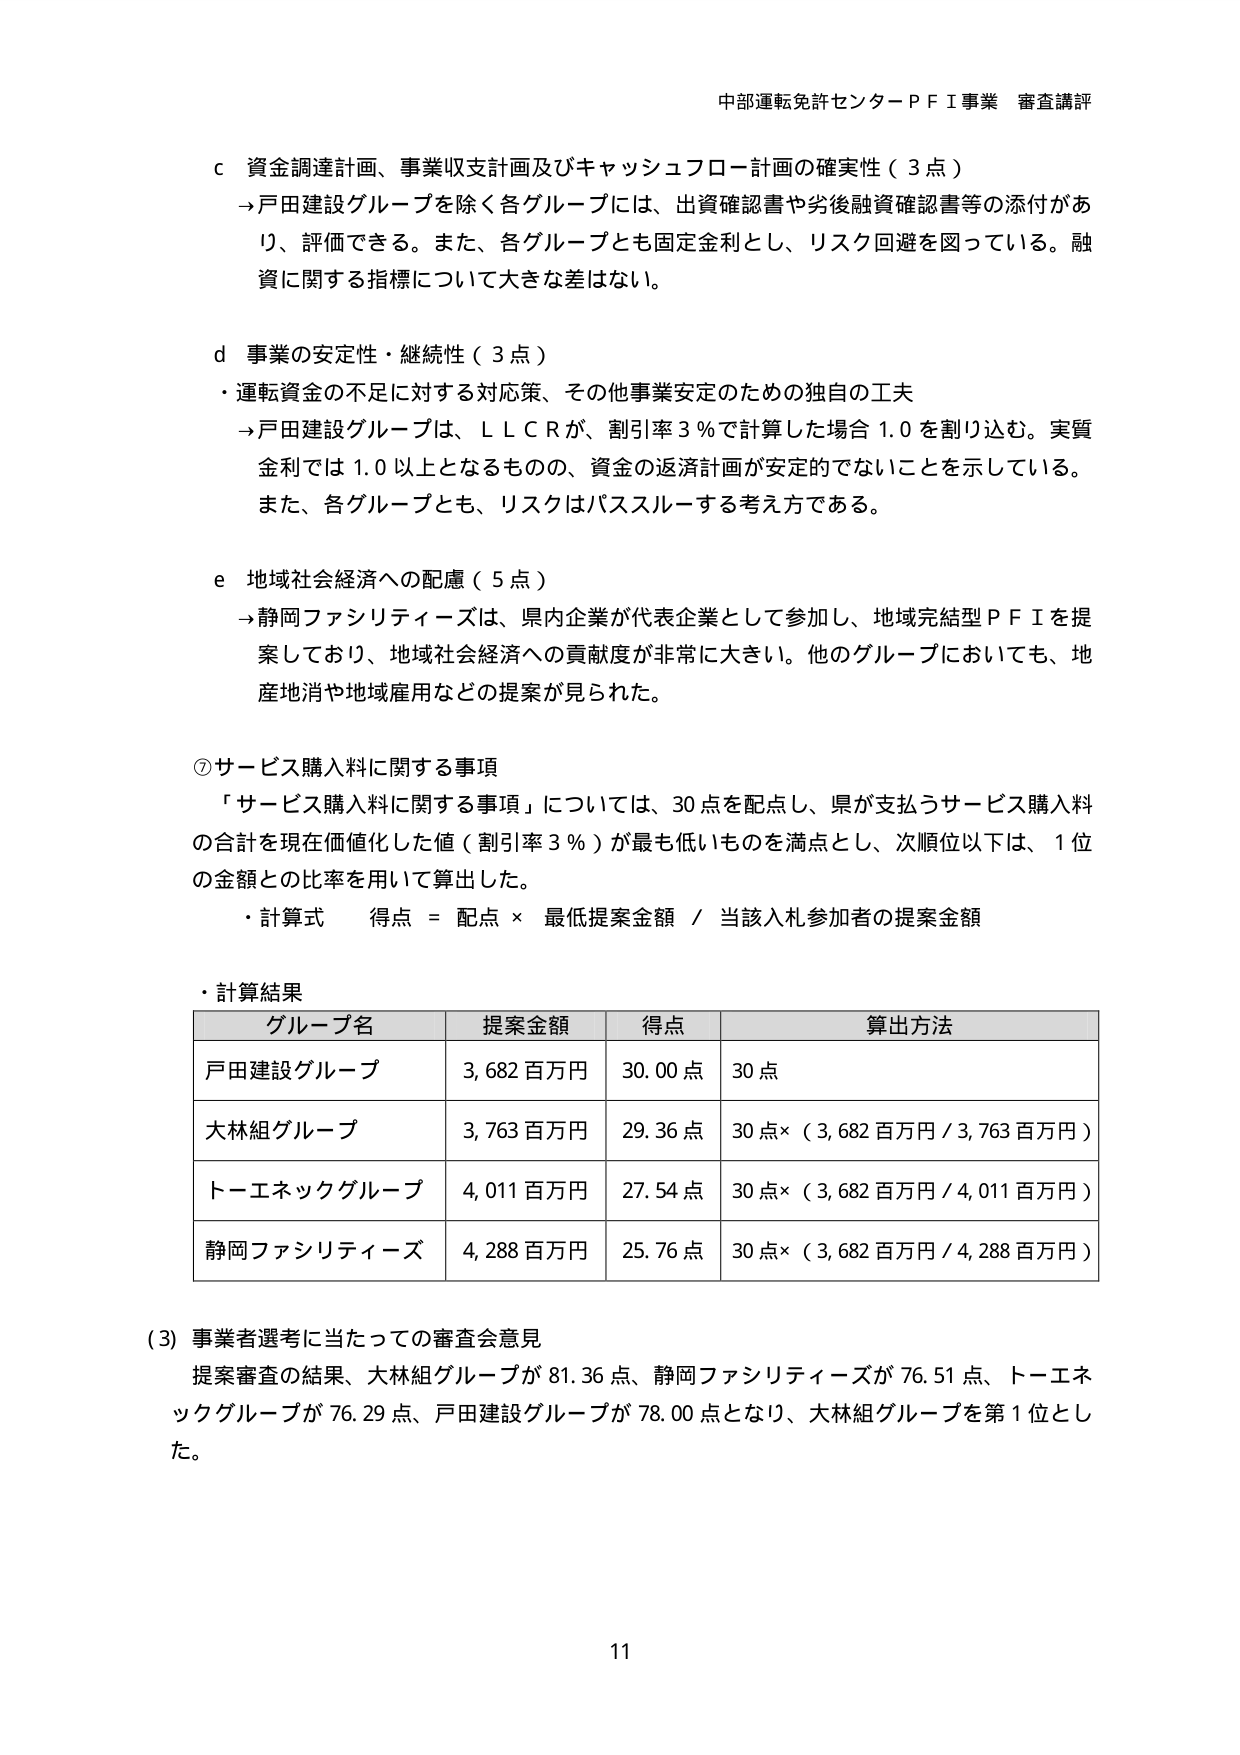
中部運転免許センターＰＦＩ事業 審査講評

ｃ 資金調達計画、事業収支計画及びキャッシュフロー計画の確実性（３点）
→戸田建設グループを除く各グループには、出資確認書や劣後融資確認書等の添付があり、評価できる。また、各グループとも固定金利とし、リスク回避を図っている。融資に関する指標について大きな差はない。

ｄ 事業の安定性・継続性（３点）
・運転資金の不足に対する対応策、その他事業安定のための独自の工夫
→戸田建設グループは、ＬＣＲが、割引率３％で計算した場合１.０を割り込む。実質金利では１.０以上となるものの、資金の返済計画が安定的でないことを示している。また、各グループとも、リスクはパススルーする考え方である。

ｅ 地域社会経済への配慮（５点）
→静岡ファシリティーズは、県内企業が代表企業として参加し、地域完結型ＰＦＩを提案しており、地域社会経済への貢献度が非常に大きい。他のグループにおいても、地産地消や地域雇用などの提案が見られた。

⑦サービス購入料に関する事項
「サービス購入料に関する事項」については、30点を配点し、県が支払うサービス購入料の合計を現在価値化した値（割引率３％）が最も低いものを満点とし、次順位以下は、１位の金額との比率を用いて算出した。
・計算式 得点 = 配点 × 最低提案金額 / 当該入札参加者の提案金額

・計算結果
グループ名　　　　　提案金額　　　得点　　　　　算出方法
戸田建設グループ　　3,682百万円　　30.00点　　30点
大林組グループ　　3,763百万円　　29.36点　　30点×（3,682百万円／3,763百万円）
トーエネックグループ　4,011百万円　　27.54点　　30点×（3,682百万円／4,011百万円）
静岡ファシリティーズ　4,288百万円　　25.76点　　30点×（3,682百万円／4,288百万円）

（3）事業者選考に当たっての審査会意見
提案審査の結果、大林組グループが81.36点、静岡ファシリティーズが76.51点、トーエネックグループが76.29点、戸田建設グループが78.00点となり、大林組グループを第1位とした。

11